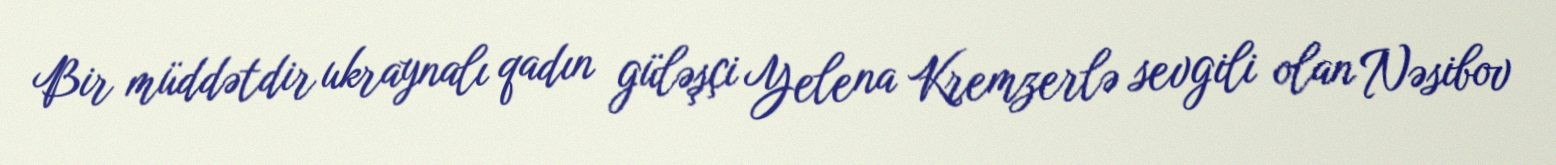
Bir müddətdir ukraynalı qadın güləşçi Yelena Kremzerlə sevgili olan Nəsibov